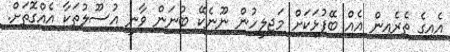
އެއިގެ ތެރެއިން އެއް ބޭފުޅަކަށް މަޖިލީހުން ނޫނެކޭ ބުނަން ވާނީ އުސޫލުތަކާ އެއްގޮތަށް.